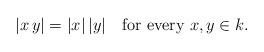
LaTeX: \begin{align*} |x \, y| = |x| \, |y| \quad\hbox{for every } x, y \in k.\end{align*}